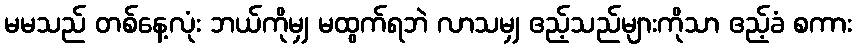
မမသည် တစ်နေ့လုံး ဘယ်ကိုမျှ မထွက်ရဘဲ လာသမျှ ဧည့်သည်များကိုသာ ဧည့်ခံ စကား